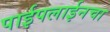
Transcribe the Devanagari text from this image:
पाईपलाईनचा